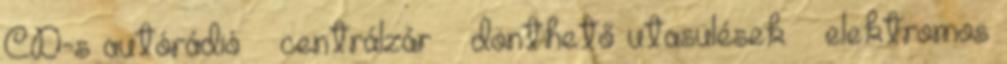
CD-s autórádió – centrálzár – dönthető utasülések – elektromos